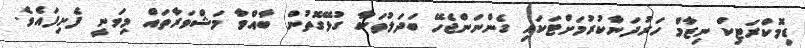
ޑިމޮކްރަޓިކް ނިޒާމް ހަރުދަނާކުރުމަށްޓަކައި ގެންނަންޖެހޭ ބަދަލުތަކާ ގުޅޭގޮތުން ބާއްވާ މަޝްވަރާތައް މިވަނީ ފެށިފައެވެ.